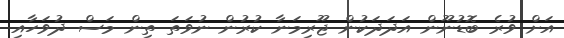
އަށް ވުރެ ބޮޑުނޫން އަދަދަކުން ޖޫރިމަނާ ކުރުން ނުވަތަ ތިން މަސް ދުވަހާއި